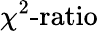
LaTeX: \chi^{2}\textrm{-ratio}